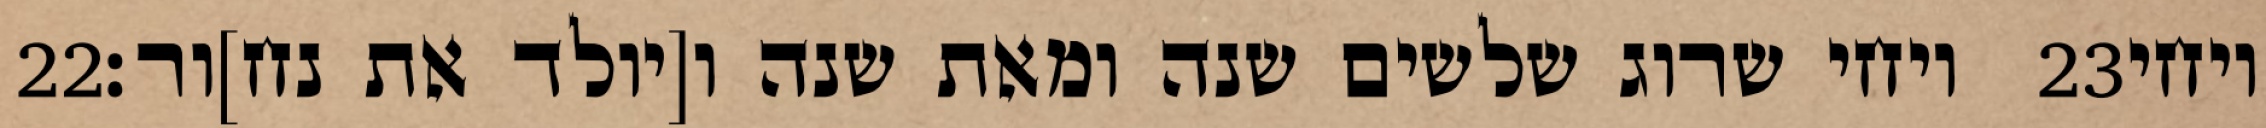
‎22‏ ויחי שרוג שלשים שנה ומאת שנה ו[יולד את נח]ור׃ ‎23‏ ויחי